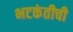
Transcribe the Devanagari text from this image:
भटकंतीची